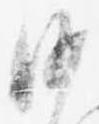
沙